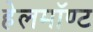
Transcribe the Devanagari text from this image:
हेलमॉण्ट